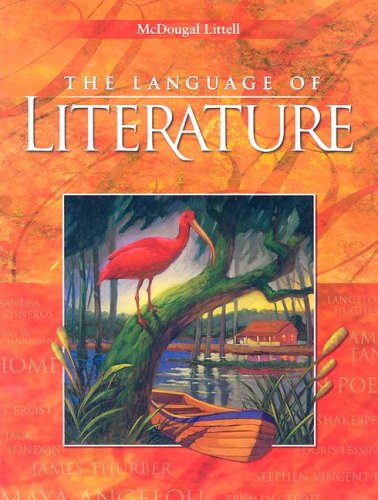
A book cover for The Language of Literature, Grade 9; MCDOUGAL LITTEL; Teen & Young Adult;